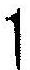
1